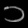
Digit: ၁